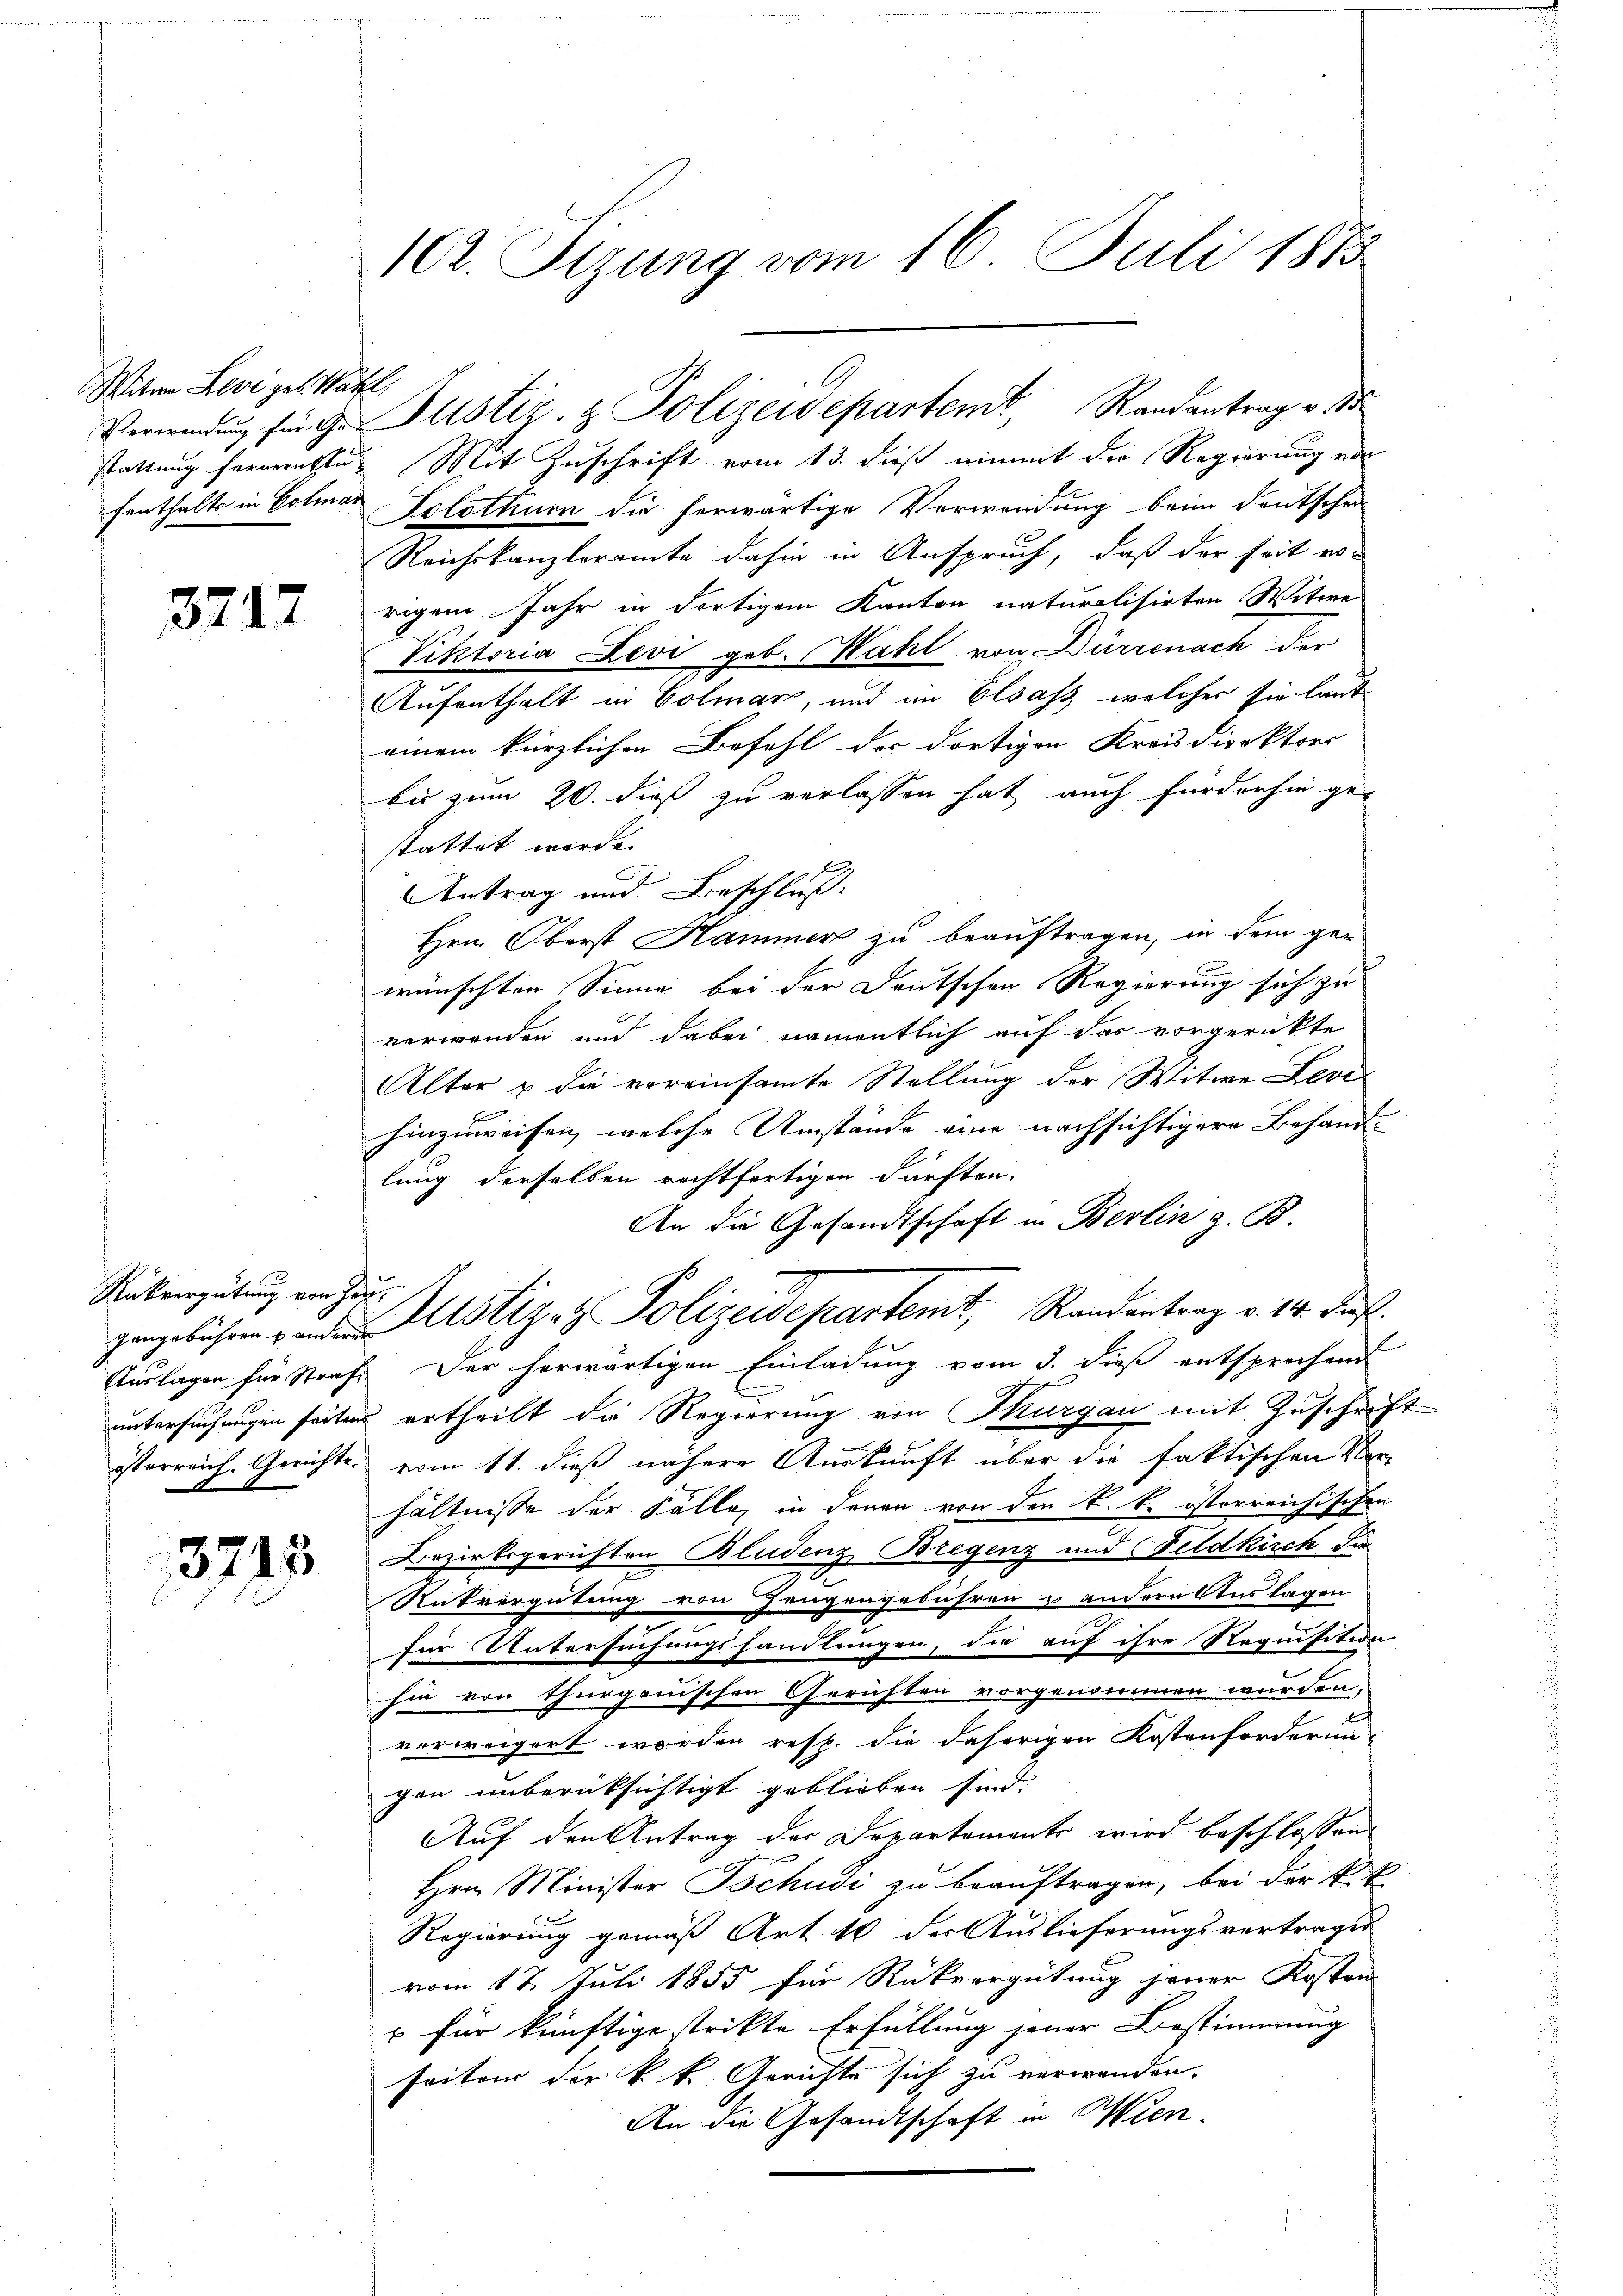
Witwe Levi geb. Satz,

3717

Rükvergütung von Zeu¬

3213

102. Sizung vom 16. Juli 1883

stattung fernernstes Mit Zuschrift vom 13. dieß einmit die Regierung ein
fenthalts in Colmar Solothur die herwärtige Verwendung beim Deutschen
Reichskanzleramte dahin in Anspruch, daß der seit er-
rigem Jahr in dortigem Kanton naturalisirten Witwe
Viktoria Levi geb. Wahl von Dürrenach der
Aufenthalt in Colmar, und im Elsass, welcher sie laut
einem kürzlichen Befehl der dortigen Kreisdirektors
bis zum 20. dieß zu verlassen hat auch fürderhin gestattet werde.
Antrag und Beschluß
Hrn. Oberst Hammer zu beauftragen, in dem ge-
wünschten Sinne bei der Deutschen Regierung sich zu
verwenden und dabei namentlich auf das vorgerückte
Alter u die voreinsamte Stellung der Witwe Levi
hinzuweisen, welche Umstände eine nachsichtigere Behandlung derselben rechtfertigen dürften,
An die Gesandtschaft in Berlin z. B.
gangelichen von der Notizen Polizeidepartemt, Randantrag v. 14. das
Auslagen für Strafe der herwärtigen Einladung vom 3. dieß entsprechend
untersuchungen seiten ertheilt die Regierung von Thurgau mit Zuschrift
österreich. Gerichts vom 11. dieß nähere Auskunft über die faktischen Ver-
hältnisse der Fälle, in denen von den k. k. österreichischen
Bezirksgerichten Bludenz Bregenz und Feldkirch die
Rückvergütung von Zeugengebühren u andern Auslagen
für Untersuchungshandlungen, die auf ihre Requisition
hin von Thurgauischen Gerichten vorgenommen wurden,
verweigert worden resp. die daherigen Kostenforderung
gen unberücksichtigt geblieben sind.
Auf den Antrag der Departemente wird beschlossen:
Hrn. Minister Tschudi zu beauftragen, bei der k.k
Regierung gemäß Art 16 der Auslieferungsvertrages
vom 17. Juli 1855 für Rückvergütung jener Kosten
u für künftige strikte Erfüllung jener Bestimmung
seiten der k. k. Gerichte sich zu verwanden.
An die Gesandtschaft in Wien.

Verwendŭng für der Justiz- & Polizeidepartemt, Randantrag v. dr